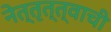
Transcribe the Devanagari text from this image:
नेत्तृत्त्वाची